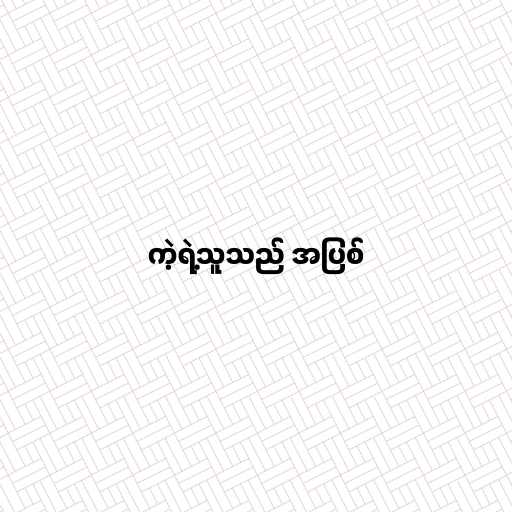
ကဲ့ရဲ့သူသည် အပြစ်